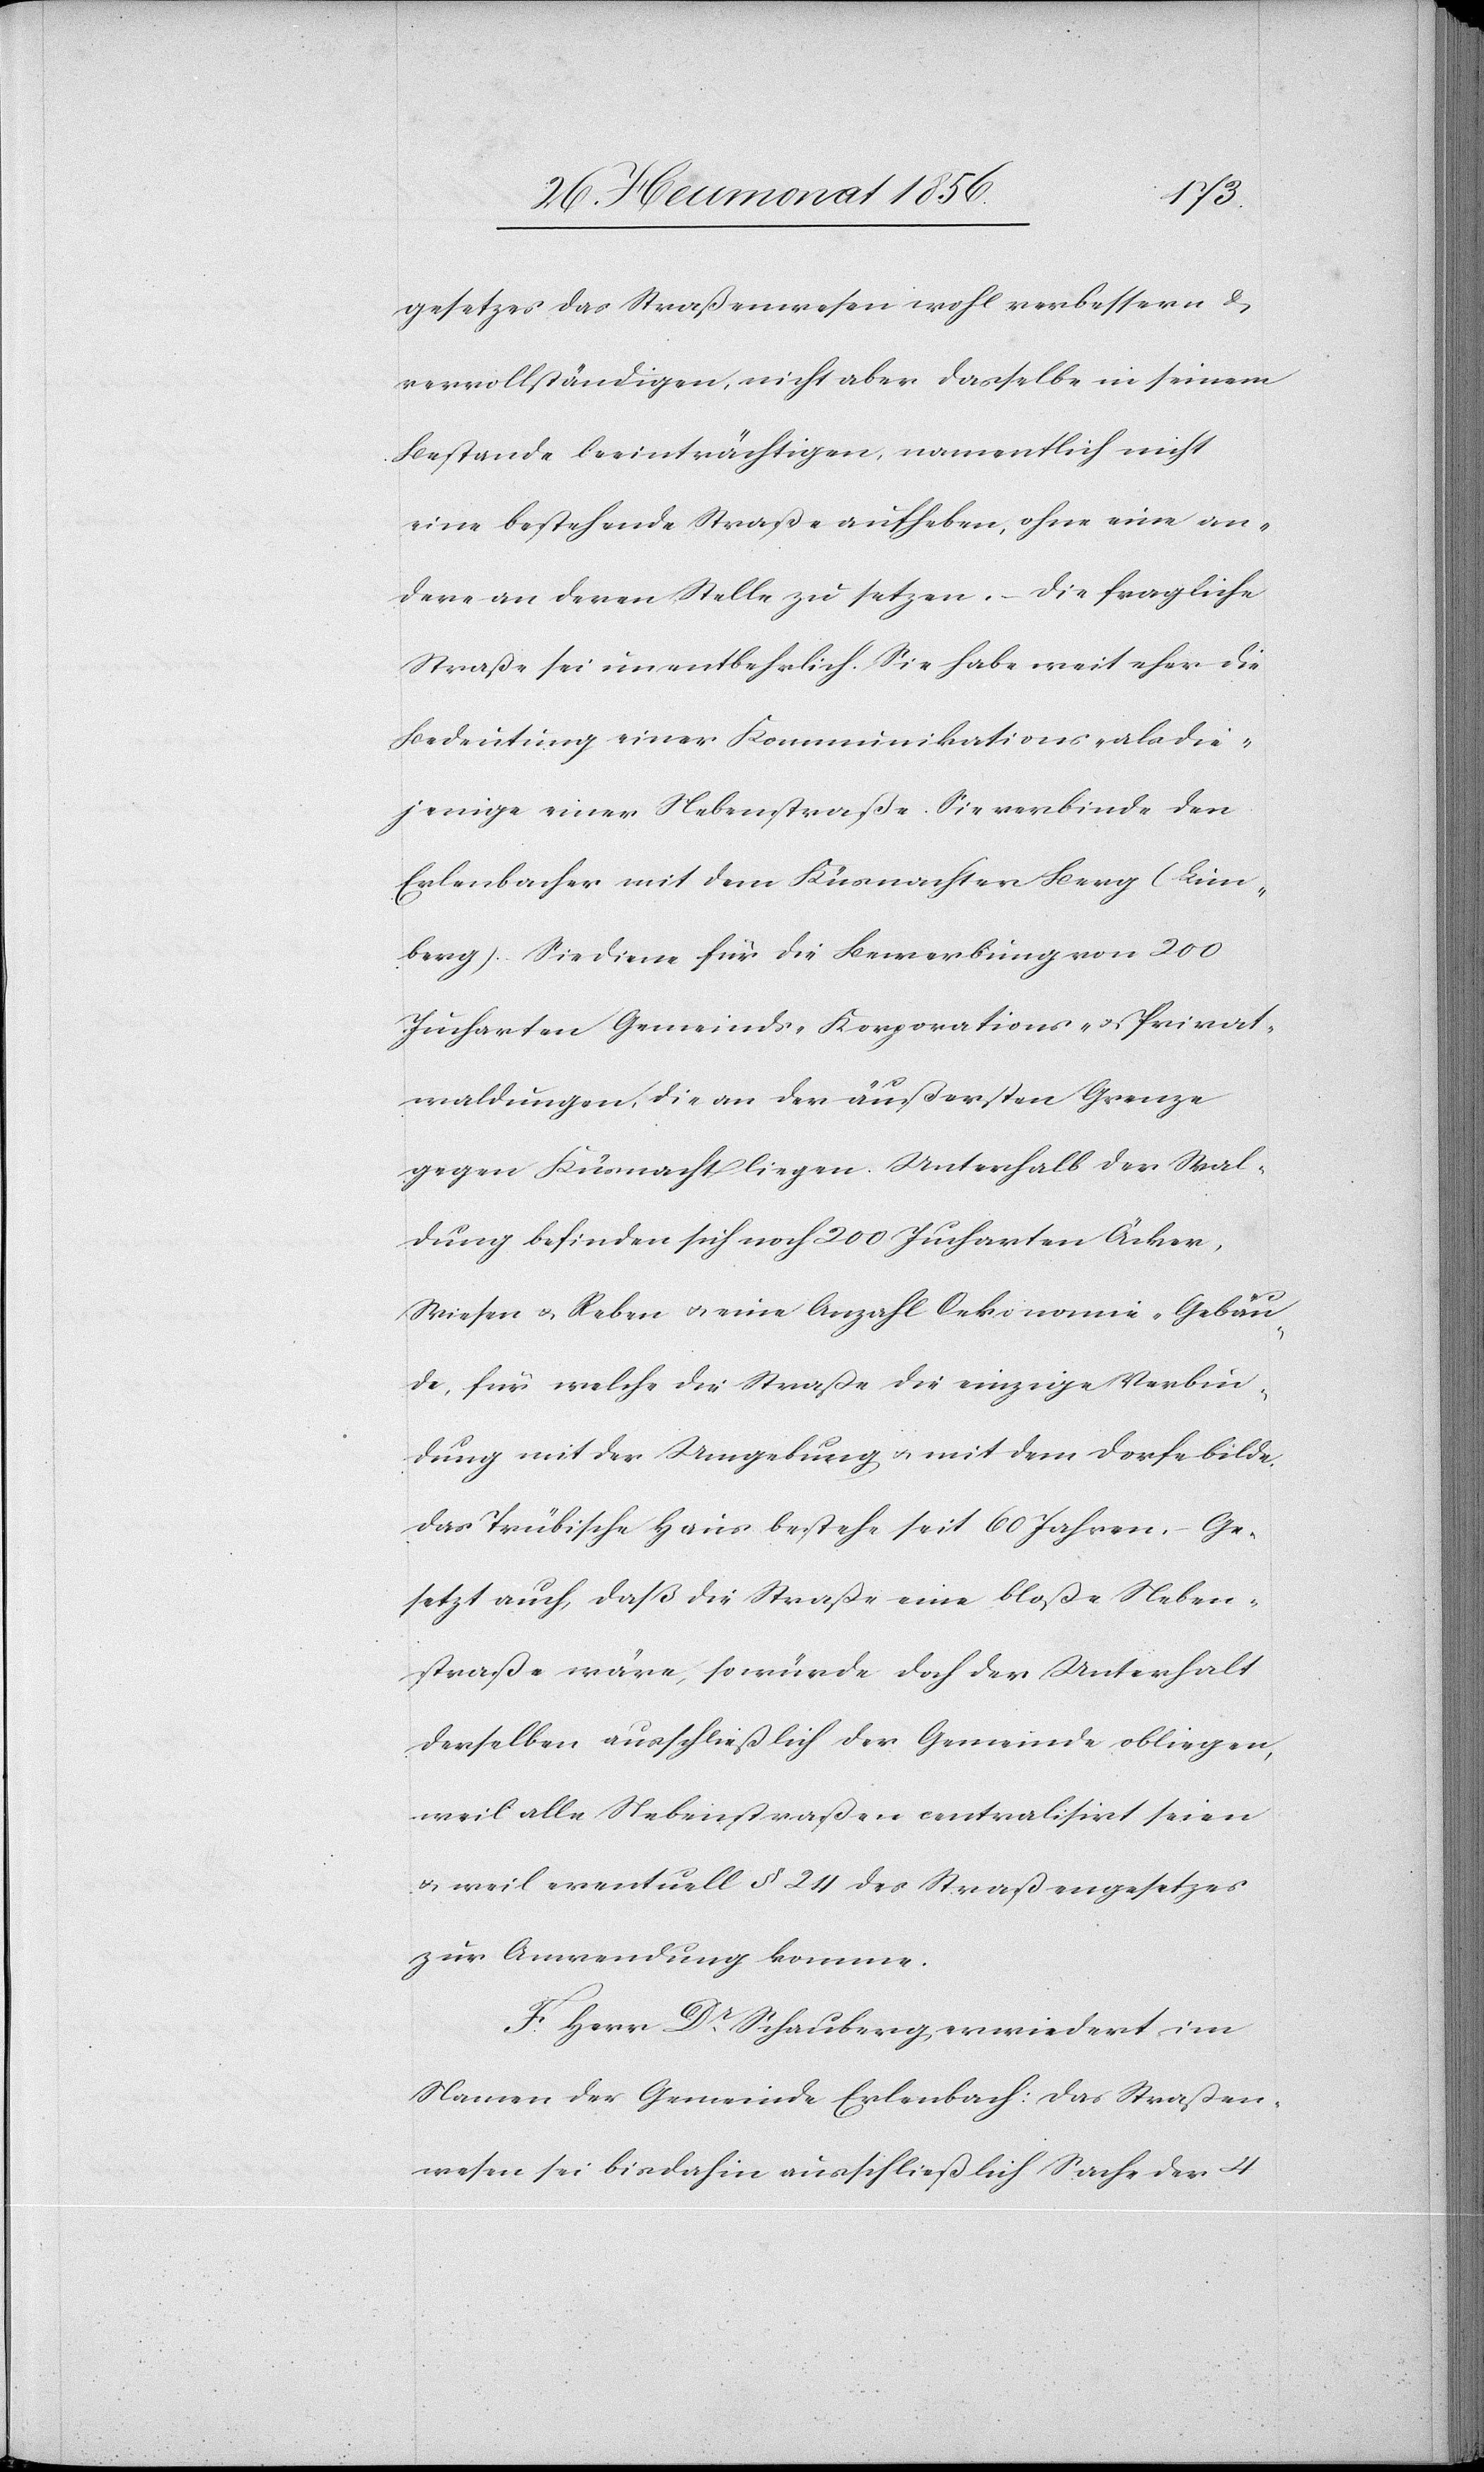
gesetzes das Straßenwesen wohl verbessern &
vervollständigen, nicht aber dasselbe in seinem
Bestande beeinträchtigen, namentlich nicht
eine bestehende Straße aufheben, ohne eine an¬
dere an deren Stelle zu setzen. – Die fragliche
Straße sei unentbehrlich. Sie habe weit eher die
Bedeutung einer Kommunikations- als die¬
jenige einer Nebenstraße. Sie verbinde den
Erlenbacher mit dem Küsnachter Berg (Lim¬
berg). Sie diene für die Bewerbung von 200
Jucharten Gemeinds-[,] Korporations- u. Privat¬
waldungen, die an der äußersten Grenze
gegen Küsnacht liegen. Unterhalb der Wal¬
dung befinden sich noch 200 Jucharten Äcker,
Wiesen u. Reben u. eine Anzahl Oekonomie-Gebäu¬
de, für welche die Straße die einzige Verbin¬
dung mit der Umgebung u. mit dem Dorfe bilde.
Das Trübische Haus bestehe seit 60 Jahren, – Ge¬
setzt auch, daß die Straße eine bloße Neben¬
straße wäre, so würde doch der Unterhalt
derselben ausschließlich der Gemeinde obliegen,
weil alle Nebenstraßen centralisirt seien
u. weil eventuell § 24 des Straßengesetzes
zur Anwendung komme.
F. Herr Dr Schauberg erwiedert im
Namen der Gemeinde Erlenbach: das Straßen¬
wesen sei bis dahin ausschließlich Sache der 4